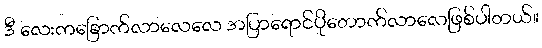
ဒီ လေးကခြောက်လာလေလေ အပြာရောင်ပိုတောက်လာလေဖြစ်ပါတယ်။